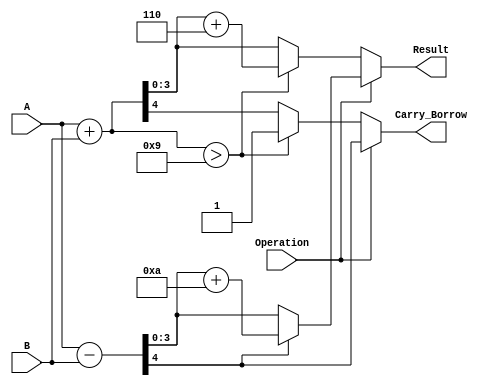
module BCD_Add_Subtracter (
    input [3:0] A,          // First BCD operand
    input [3:0] B,          // Second BCD operand
    input Operation,        // 0 for addition, 1 for subtraction
    output reg [3:0] Result, // BCD result
    output reg Carry_Borrow  // Carry out for addition, Borrow out for subtraction
);

    wire [4:0] Sum;         // 5-bit sum for addition
    wire [4:0] Diff;        // 5-bit difference for subtraction
    wire Adjust_Add;        // Adjustment flag for addition
    wire Adjust_Sub;        // Adjustment flag for subtraction

    // Calculate sum and difference
    assign Sum = A + B;     // 5-bit sum for addition
    assign Diff = {1'b0, A} - {1'b0, B}; // 5-bit difference for subtraction

    // Determine if adjustment is needed for addition
    assign Adjust_Add = (Sum > 9);

    // Determine if adjustment is needed for subtraction
    assign Adjust_Sub = (Diff[4] == 1'b1); // If the sign bit is 1, borrow occurred

    always @(*) begin
        if (Operation == 1'b0) begin // Addition
            Result = Sum[3:0]; // Take the lower 4 bits of the sum
            Carry_Borrow = Sum[4]; // Carry out if the 5th bit is set
            if (Adjust_Add) begin
                Result = Result + 4'b0110; // Adjust for BCD if necessary
                Carry_Borrow = Carry_Borrow | 1'b1; // Set carry out
            end
        end else begin // Subtraction
            Result = Diff[3:0]; // Take the lower 4 bits of the difference
            Carry_Borrow = Adjust_Sub; // Set borrow out if adjustment is needed
            if (Adjust_Sub) begin
                Result = Result + 4'b1010; // Adjust for BCD if necessary
            end
        end
    end

endmodule